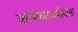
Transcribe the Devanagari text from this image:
कार्यकारणमीमांसा